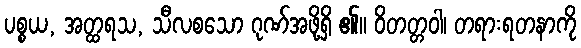
ပစ္စယ, အတ္ထရသ, သီလစသော ဂုဏ်အဖို့ရှိ ၏။ ဝိတတ္တဝါ၊ တရားရတနာကို